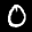
Label: 0